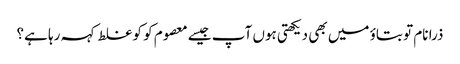
ذرا نام تو بتاؤ میں بھی دیکھتی ہوں آپ جیسے معصوم کو کو غلط کہہ رہا ہے؟